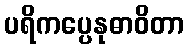
ပရိကပ္ပေနုဓာဝိတာ